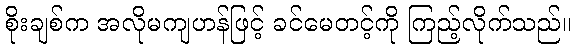
စိုးချစ်က အလိုမကျဟန်ဖြင့် ခင်မေတင့်ကို ကြည့်လိုက်သည်။